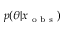
p ( \theta | x _ { \mathrm { ~ o ~ b ~ s ~ } } )